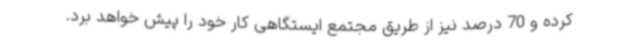
کرده و 70 درصد نیز از طریق مجتمع ایستگاهی کار خود را پیش خواهد برد.